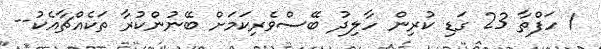
1 ހަފްތާ 23 ގަޑި ކުރިން ހާލިދު ބޭސްވެރިކަމަށް ބޭނުންކުރާ ތަކެއްޗާއެކު--